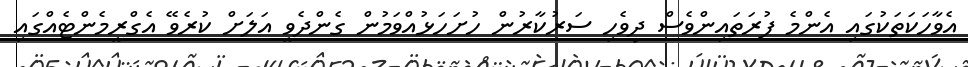
އެވާހަކަތަކުގައި އެންމެ ފުރަތައިންވެސް ދިވެހި ސަރުކާރުން ހުށަހަޅުއްވަމުން ގެންދެވީ އަލަށް ކުރެވޭ އެގްރީމެންޓެއްގައި